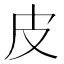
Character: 皮